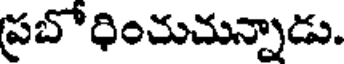
ప్రబోధించుచున్నాడు.